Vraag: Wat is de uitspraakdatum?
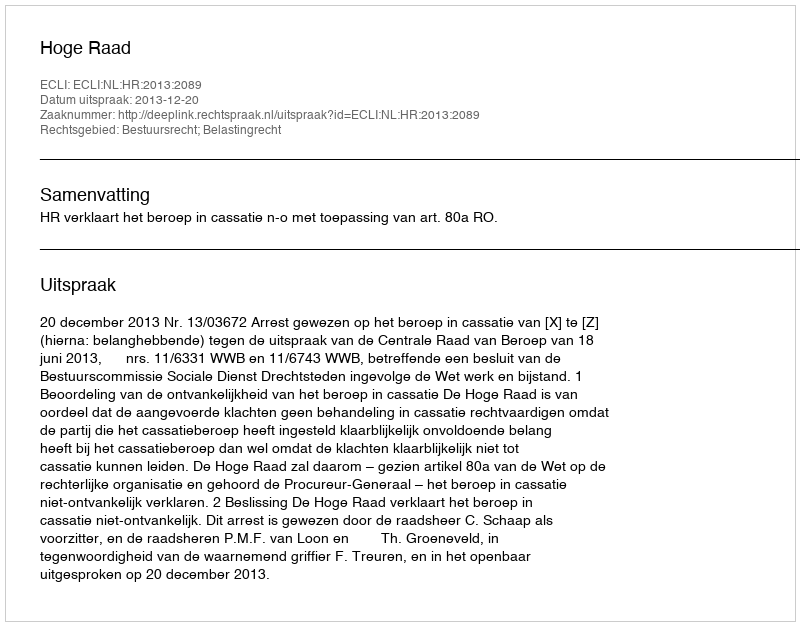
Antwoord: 2013-12-20